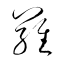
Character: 羅